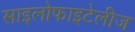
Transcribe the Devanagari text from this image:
साइलोफाइटेलीज